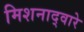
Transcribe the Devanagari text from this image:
मिशनाद्वारे